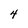
Character: 4